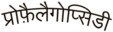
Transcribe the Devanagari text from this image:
प्रोफ़ैलैगोप्सिडी